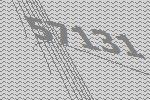
57131